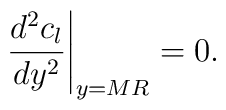
\left . {d^{2}c_{l}\over dy^{2}} \right |_{y=MR}=0.